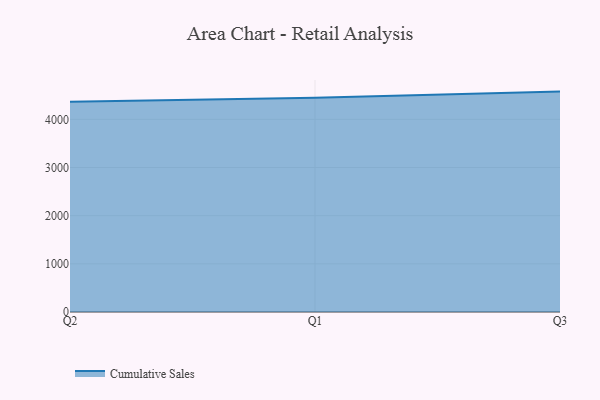
{"axis": {"x": "Quarter", "y": "Demand Index"}, "legend": ["Cumulative Sales"], "data": [{"x": "Q2", "y": 4365.3, "type": "Cumulative Sales"}, {"x": "Q1", "y": 4446.3, "type": "Cumulative Sales"}, {"x": "Q3", "y": 4575.6, "type": "Cumulative Sales"}]}